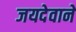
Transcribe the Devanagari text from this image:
जयदेवाने